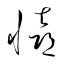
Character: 憘